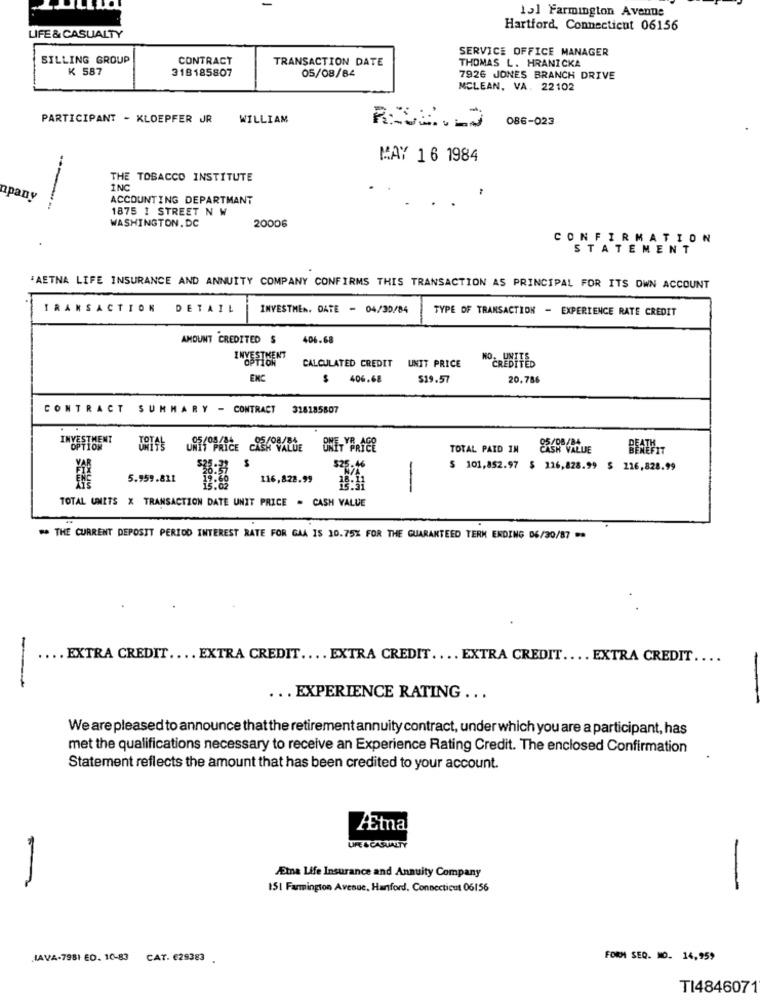
13] Farmington Avenue
Hartford, Connecticut 06156
LIFE & CASUALTY
SERVICE OFFICE MANAGER
SILLING GROUP
CONTRACT
TRANSACTION DATE
THOMAS L. HRANICKA
K 587
318185807
05/08/84
7926 JONES BRANCH DRIVE
MCLEAN, VA. 22102
PARTICIPANT - KLOEPFER JR
WILLIAM
086-023
MAY 16 1984
THE TOBACCO INSTITUTE
INC
upany
ACCOUNTING DEPARTMANT
...-
1875 ! STREET N W
20006
WASHINGTON, DC
CONFIRMATION
STATEMENT
'AETNA LIFE INSURANCE AND ANNUITY COMPANY CONFIRMS THIS TRANSACTION AS PRINCIPAL FOR ITS OWN ACCOUNT
TRANSACTION
DETAIL
INVESTMEN. DATE - 04/30/84
TYPE OF TRANSACTION - EXPERIENCE RATE CREDIT
AMOUNT CREDITED $
406.68
CALCULATED CREDIT UNIT PRICE
NOCREDITED
ENC
$ 406.68
$19.57
20,786
CONTRACT SUMMARY - CONTRACT
318185807
STHENT
TOTAL PAID IN
$25-
$ 101,852.97 $ 126,828.99 $ 116,828.99
5.959.811
116,828.99
-
TOTAL UNITS X TRANSACTION DATE UNIT PRICE = CASH VALUE
** THE CURRENT DEPOSIT PERIOD INTEREST RATE FOR GAA IS 10.75% FOR THE GUARANTEED TERM ENDING 06/30/87 **
.. EXTRA CREDIT .... EXTRA CREDIT .... EXTRA CREDIT .... EXTRA CREDIT .... EXTRA CREDIT ....
... EXPERIENCE RATING ...
We are pleased to announce that the retirement annuity contract, under which you are a participant, has
met the qualifications necessary to receive an Experience Rating Credit. The enclosed Confirmation
Statement reflects the amount that has been credited to your account.
Ætna
LIFE & CASUALTY
Æma Life Insurance and Annuity Company
151 Farmington Avenue, Hanford, Connecticut 06156
-
JAVA-7981 ED. 10-83 CAT. 629383 .
FORM SEQ. MO. 14,959
TI4846071